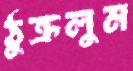
ঠুক্‌রলুম